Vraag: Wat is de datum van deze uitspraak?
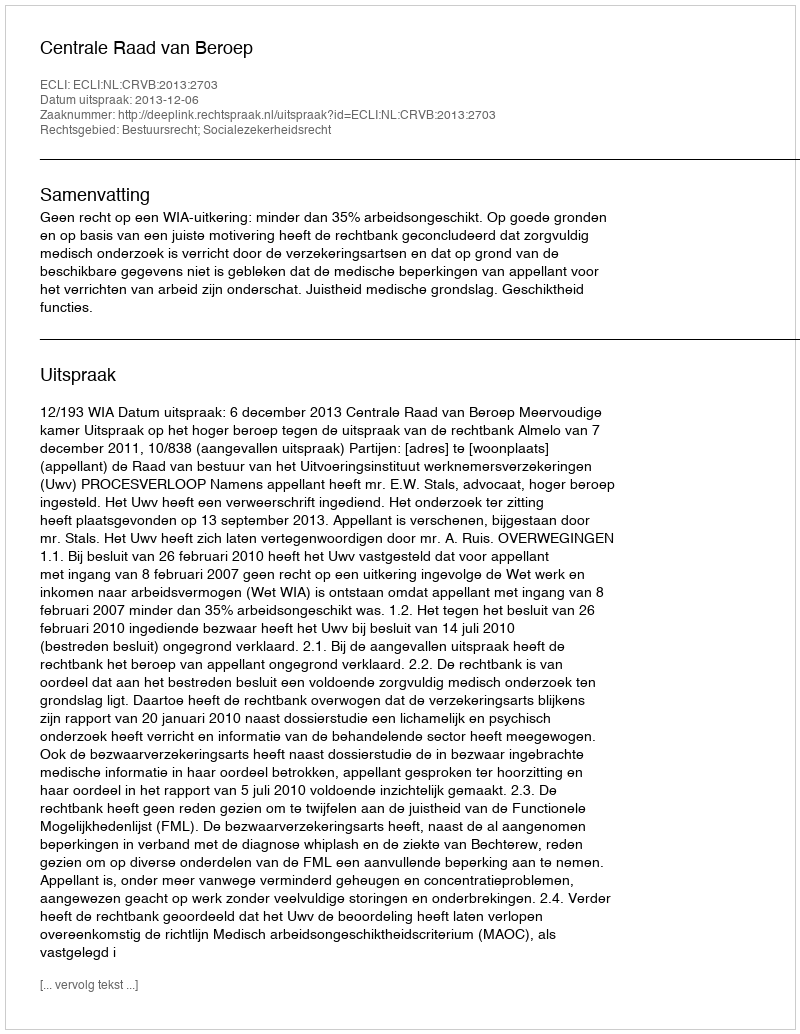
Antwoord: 2013-12-06